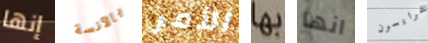
إنها بالآنسة الأمر بها انها غرايسون